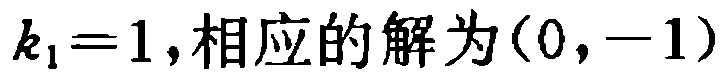
\(k_{1}=1,相应的解为(0,-1)\)